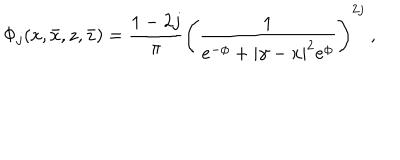
\Phi _ { j } ( x , \bar { x } , z , \bar { z } ) = \frac { 1 - 2 j } { \pi } \left( \frac { 1 } { e ^ { - \phi } + | \gamma - x | ^ { 2 } e ^ { \phi } } \right) ^ { 2 j } ~ ,